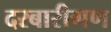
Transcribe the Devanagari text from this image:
दरबारीगण